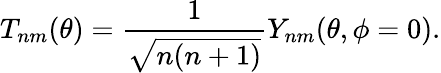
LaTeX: T_{nm}(\theta)=\frac{1}{\sqrt{n(n+1)}}Y_{nm}(\theta,\phi=0).